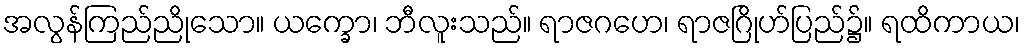
အလွန်ကြည်ညိုသော။ ယက္ခော၊ ဘီလူးသည်။ ရာဇဂဟေ၊ ရာဇဂြိုဟ်ပြည်၌။ ရထိကာယ၊